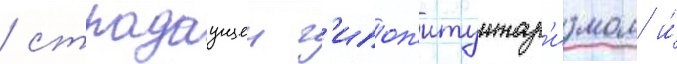
/ страдаущеи г'ипоп'итуитар'измом и́